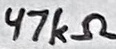
Text: 47kΩ